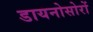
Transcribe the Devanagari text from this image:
डायनोसोरों